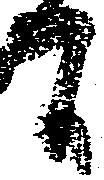
間